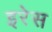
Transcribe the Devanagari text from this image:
इरेस